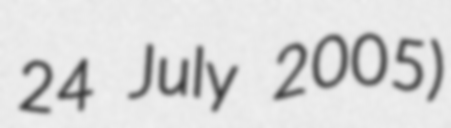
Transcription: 24 July 2005)